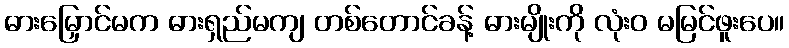
ဓားမြှောင်မက ဓားရှည်မကျ တစ်တောင်ခန့် ဓားမျိုးကို လုံးဝ မမြင်ဖူးပေ။